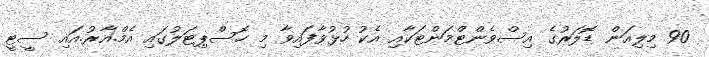
90 މިލިއަން ޑޮލަރުގެ އިސްވެންޓްމަންޓަކާއި އެކު ހުޅުވާފައިވާ މި ހޮސްޕިޓަލުގައި އެމް.އާރު.އައި ސީޓީ